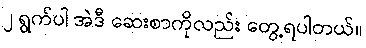
၂ ရွက်ပါ အဲဒီ ဆေးစာကိုလည်း တွေ့ရပါတယ်။